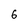
Character: 6